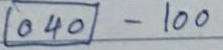
(040) - 100